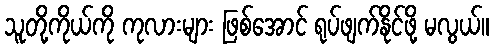
သူတို့ကိုယ်ကို ကုလားများ ဖြစ်အောင် ရုပ်ဖျက်နိုင်ဖို့ မလွယ်။